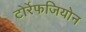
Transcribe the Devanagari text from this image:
टोर्रेफजियोन